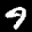
Label: 9